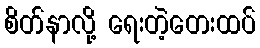
စိတ်နာလို့ ရေးတဲ့တေးထပ်